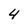
Character: 4